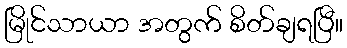
မြိုင်သာယာ အတွက် စိတ်ချရပြီ။